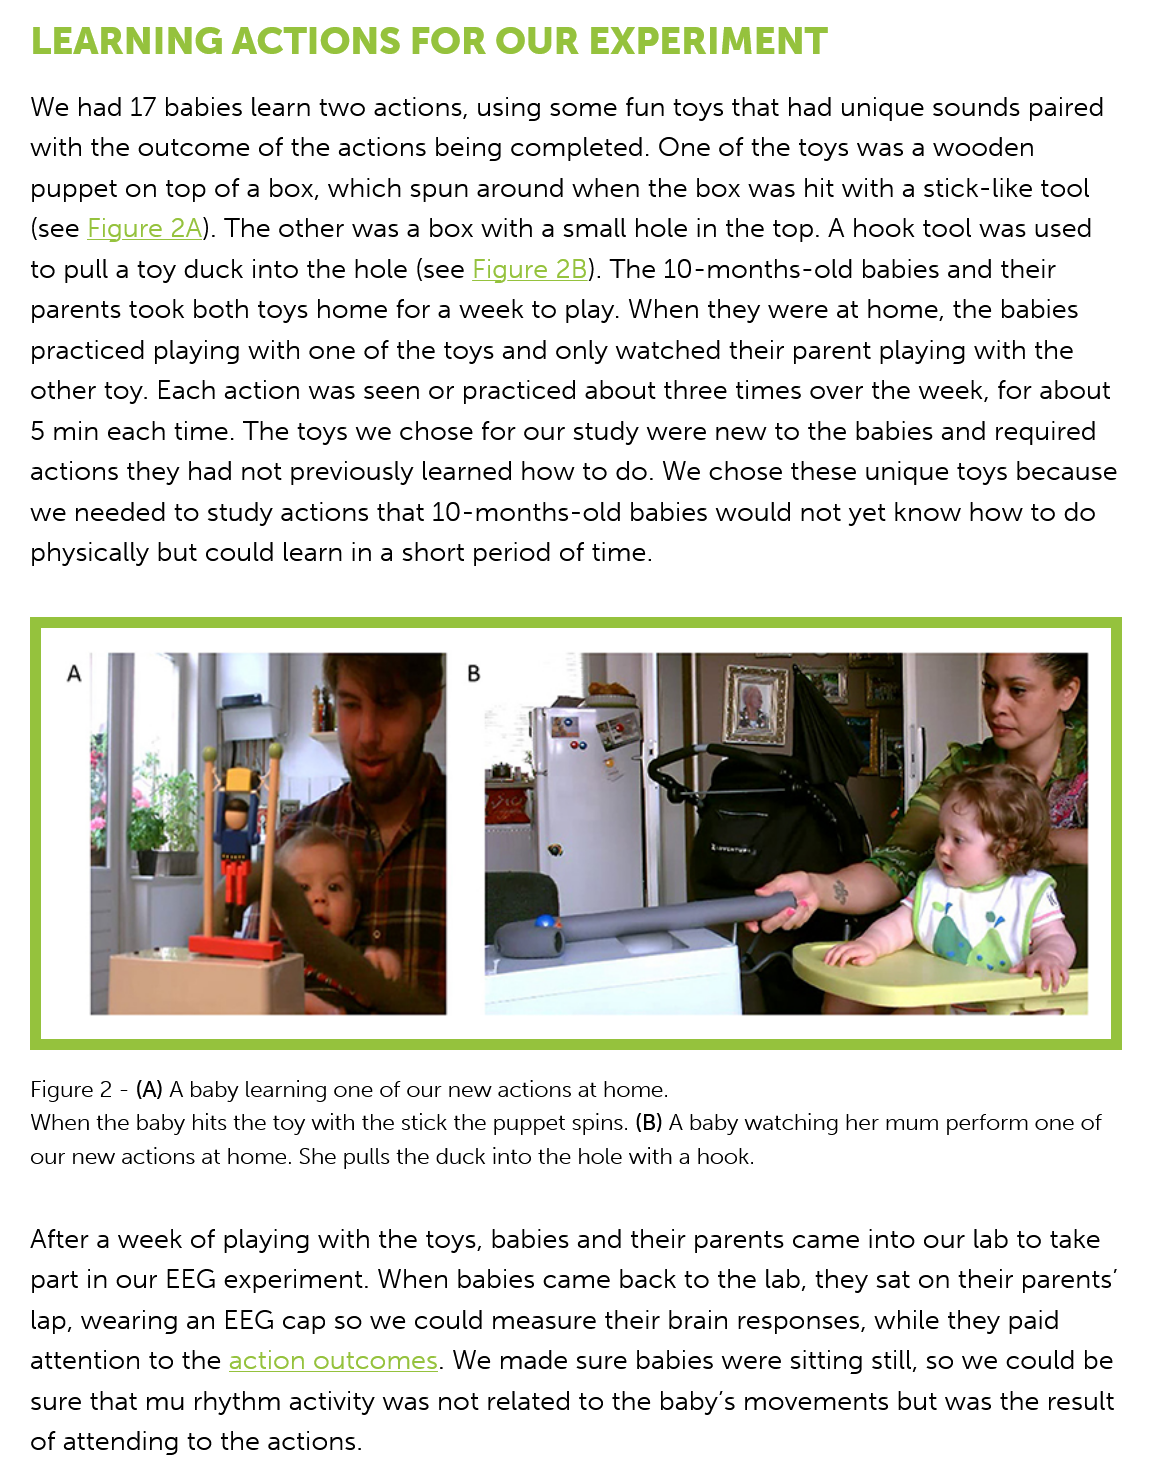
LEARNING    ACTIONS    FOR   OUR  EXPERIMENT
   After a week of playing with the toys, babies and their parents came into our lab to take
   part in our EEG experiment. When babies came back to the lab, they sat on their parents’
   lap, wearing an EEG cap so we could measure their brain responses, while they paid
   attention to the action outcomes. We made sure babies were sitting still, so we could be
   sure that mu rhythm activity was not related to the baby’s movements but was the result
   of attending to the actions.
   We had  17 babies learn two actions, using some fun toys that had unique sounds paired
   with the outcome of the actions being completed. One of the toys was a wooden
   puppet on top of a box, which spun around when the box was hit with a stick-like tool
   (see Figure 2A). The other was a box with a small hole in the top. A hook tool was used
   to pull a toy duck into the hole (see Figure 2B). The 10-months-old babies and their
   parents took both toys home for a week to play. When they were at home, the babies

   practiced playing with one of the toys and only watched their parent playing with the
   other toy. Each action was seen or practiced about three times over the week, for about
   5 min each time. The toys we chose for our study were new to the babies and required
   actions they had not previously learned how to do. We chose these unique toys becauss
   we needed  to study actions that 10-months-old babies would not yet know how to do
   physically but could learn in a short period of time.
   When the baby hits the toy with the stick the puppet spins. (B) A baby watching her mum perform one of
   our new actions at home. She pulls the duck into the hole with a hook.
   Figure 2
     -
     (A) A baby learning one of our new actions at home.